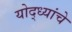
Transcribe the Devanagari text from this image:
योद्ध्यांचे